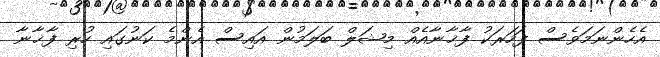
އެހެންނަމަވެސް ފަހަރަކު ފާޚާނާއެއް މިޝަލް ބަލަމުން އައިސް އެންމެ ކަނުގައި ހުރި ފާޚާނާ